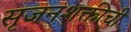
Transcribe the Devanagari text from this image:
सृजनशक्तीची